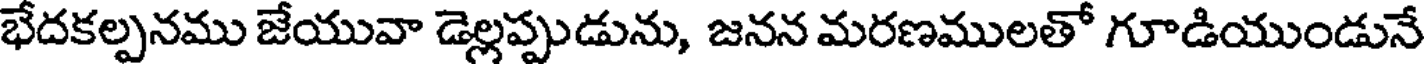
భేదకల్పనము జేయువా డెల్లప్పుడును, జనన మరణములతో గూడియుండునే